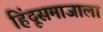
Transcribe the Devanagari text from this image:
हिंदूसमाजाला